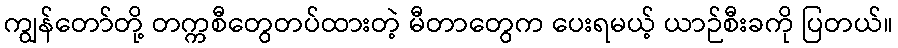
ကျွန်တော်တို့ တက္ကစီတွေတပ်ထားတဲ့ မီတာတွေက ပေးရမယ့် ယာဉ်စီးခကို ပြတယ်။